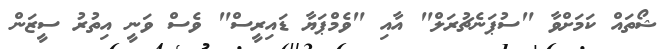
ޝޯތައް ކަމަށްވާ "ސުޕަނެޗުރަލް" އާއި "ވެމްޕަޔާ ޑައިރީސް" ވެސް ވަނީ އިތުރު ސީޒަން